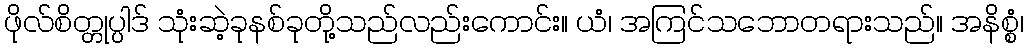
ဖိုလ်စိတ္တုပ္ပါဒ် သုံးဆဲ့ခုနစ်ခုတို့သည်လည်းကောင်း။ ယံ၊ အကြင်သဘောတရားသည်။ အနိစ္စံ၊